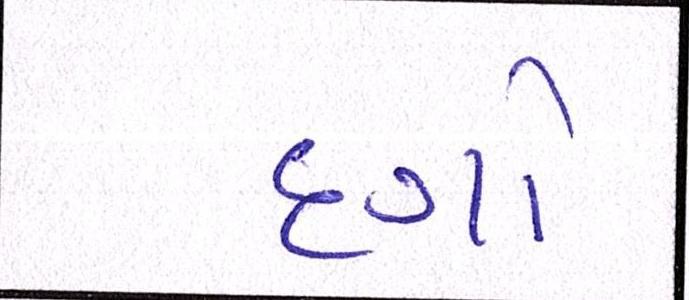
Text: દગો